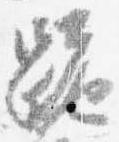
跪